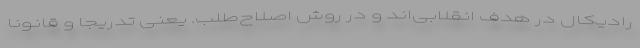
رادیکال در هدف انقلابی‌اند و در روش اصلاح‌طلب. یعنی تدریجا و قانونا